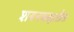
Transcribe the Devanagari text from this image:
शयनकक्षातील